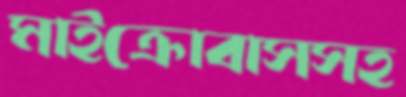
মাইক্রোবাসসহ